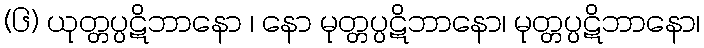
(၆) ယုတ္တပ္ပဋိဘာနော ၊ နော မုတ္တပ္ပဋိဘာနော၊ မုတ္တပ္ပဋိဘာနော၊